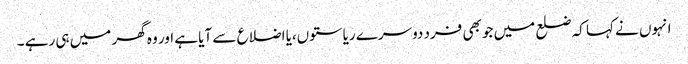
انہوں نے کہا کہ ضلع میں جو بھی فرد دوسرے ریاستوں،یا اضلاع سے آیا ہے اور وہ گھر میں ہی رہے ۔